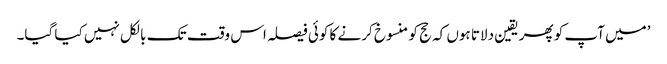
’میں آپ کو پھر یقین دلاتا ہوں کہ حج کو منسوخ کرنے کا کوئی فیصلہ اس وقت تک بالکل نہیں کیا گیا۔